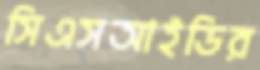
সিএসআইডির